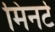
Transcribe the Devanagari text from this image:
मिनर्ट